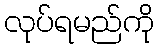
လုပ်ရမည်ကို